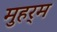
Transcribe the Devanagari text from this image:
मुहर्‍म